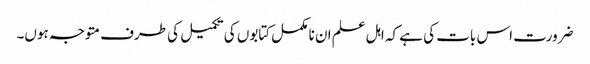
ضرورت اس بات کی ہے کہ اہل علم ان نا مکمل کتابوں کی تکمیل کی طرف متوجہ ہوں۔